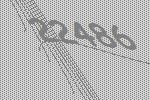
22486